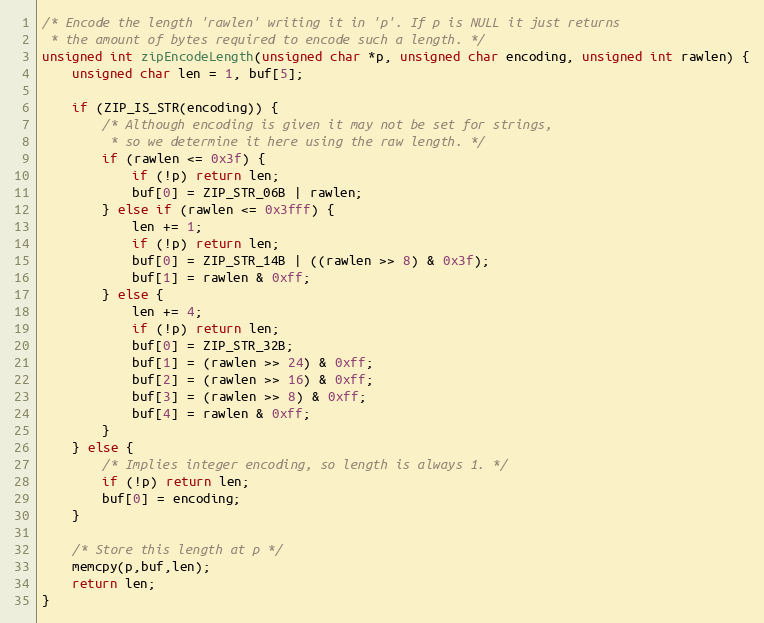
Language: C
/* Encode the length 'rawlen' writing it in 'p'. If p is NULL it just returns
 * the amount of bytes required to encode such a length. */
unsigned int zipEncodeLength(unsigned char *p, unsigned char encoding, unsigned int rawlen) {
    unsigned char len = 1, buf[5];

    if (ZIP_IS_STR(encoding)) {
        /* Although encoding is given it may not be set for strings,
         * so we determine it here using the raw length. */
        if (rawlen <= 0x3f) {
            if (!p) return len;
            buf[0] = ZIP_STR_06B | rawlen;
        } else if (rawlen <= 0x3fff) {
            len += 1;
            if (!p) return len;
            buf[0] = ZIP_STR_14B | ((rawlen >> 8) & 0x3f);
            buf[1] = rawlen & 0xff;
        } else {
            len += 4;
            if (!p) return len;
            buf[0] = ZIP_STR_32B;
            buf[1] = (rawlen >> 24) & 0xff;
            buf[2] = (rawlen >> 16) & 0xff;
            buf[3] = (rawlen >> 8) & 0xff;
            buf[4] = rawlen & 0xff;
        }
    } else {
        /* Implies integer encoding, so length is always 1. */
        if (!p) return len;
        buf[0] = encoding;
    }

    /* Store this length at p */
    memcpy(p,buf,len);
    return len;
}